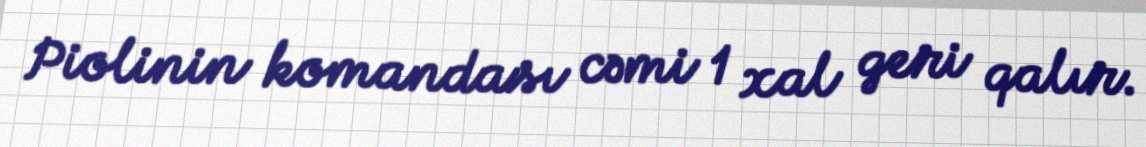
Piolinin komandası cəmi 1 xal geri qalır.